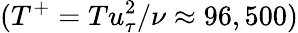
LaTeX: (T^{+}=Tu_{\tau}^{2}/\nu\approx 96,500)